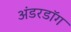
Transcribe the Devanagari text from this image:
अंडरडाॅग